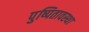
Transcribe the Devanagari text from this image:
पुष्पितावस्था